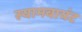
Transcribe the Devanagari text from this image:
स्‍यामबायंट